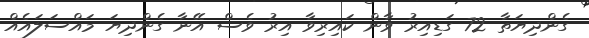
ގެންދިޔަތާ 72 ގަޑިއިރު ވާން ކައިރިވާ އިރު ވެސް އޭނާ ގެންދިޔަ މައްސަލައެއް